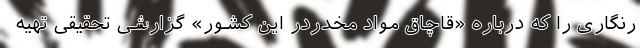
رنگاری را که درباره «قاچاق مواد مخدردر این کشور» گزارشی تحقیقی تهیه